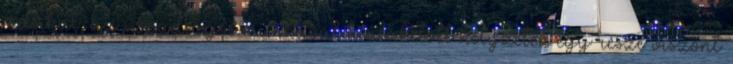
másikat, az izzadságos munkával kialakított helyzetek egy része viszont